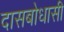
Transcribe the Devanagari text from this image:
दासबोधासी